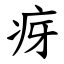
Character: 疨